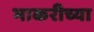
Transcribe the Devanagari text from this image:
भाकरीच्या